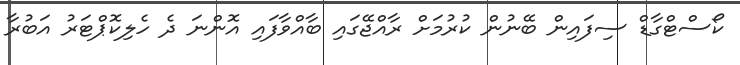
ކޯސްޓްގާޑް ސިފައިން ބޭނުން ކުރުމަށް ރާއްޖޭގައި ބާއްވާފައި އޮންނަ ދެ ހެލިކޮޕްޓަރު އަބުރާ